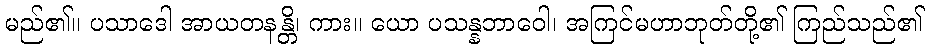
မည်၏။ ပသာဒေါ အာယတနန္တိ၊ ကား။ ယော ပသန္နဘာဝေါ၊ အကြင်မဟာဘုတ်တို့၏ ကြည်သည်၏